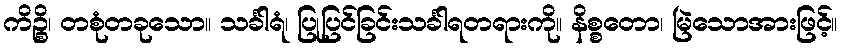
ကိဉ္စိ၊ တစုံတခုသော။ သင်္ခါရံ၊ ပြုပြင်ခြင်းသင်္ခါရတရားကို။ နိစ္စတော၊ မြဲသောအားဖြင့်။